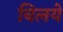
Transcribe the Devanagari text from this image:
विलये